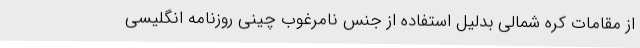
از مقامات کره شمالی بدلیل استفاده از جنس نامرغوب چینی روزنامه انگلیسی